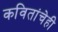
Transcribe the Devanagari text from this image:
कवितांचेही